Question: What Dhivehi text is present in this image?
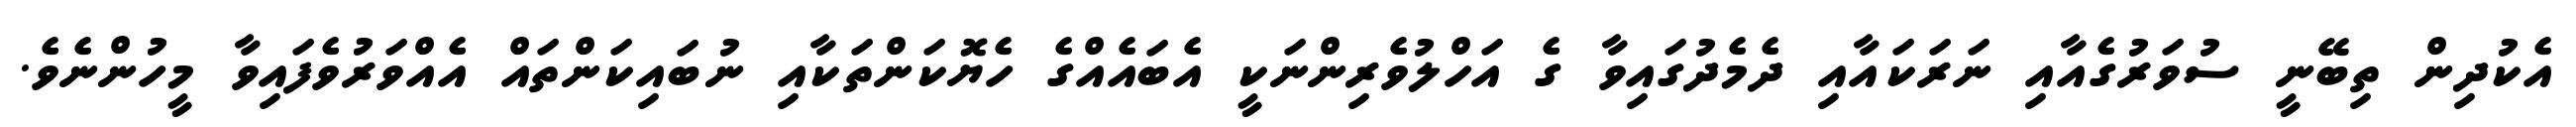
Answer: އެކުދިން ތިބޭނީ ސުވަރުގެއާއި ނަރަކައާއި ދެމެދުގައިވާ ގެ އަހްލުވެރިންނަކީ އެބައެއްގެ ހެޔޮކަންތަކާއި ނުބައިކަންތައް އެއްވަރުވެފައިވާ މީހުންނެވެ.